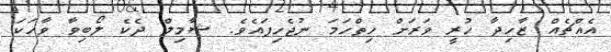
އެއްޗެއް ޒާހިދާ ހުރީ ވަރަށް ހިތްހަމަ ނުޖެހިފައެވެ. ޝާމިލް ދެކެ ލޯބިވާ ވާހަކަ